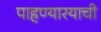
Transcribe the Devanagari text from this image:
पाहण्यारयाची